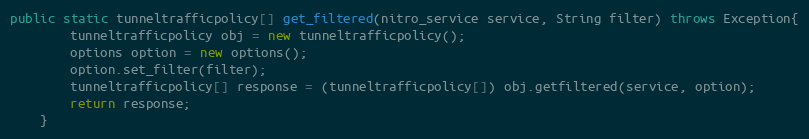
Language: Java
public static tunneltrafficpolicy[] get_filtered(nitro_service service, String filter) throws Exception{
		tunneltrafficpolicy obj = new tunneltrafficpolicy();
		options option = new options();
		option.set_filter(filter);
		tunneltrafficpolicy[] response = (tunneltrafficpolicy[]) obj.getfiltered(service, option);
		return response;
	}